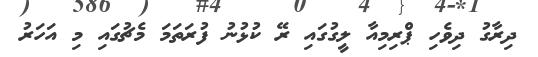
ދިރާގު ދިވެހި ޕްރިމިއާ ލީގުގައި ރޭ ކުޅުނު ފުރަތަމަ މެޗުގައި މި އަހަރު